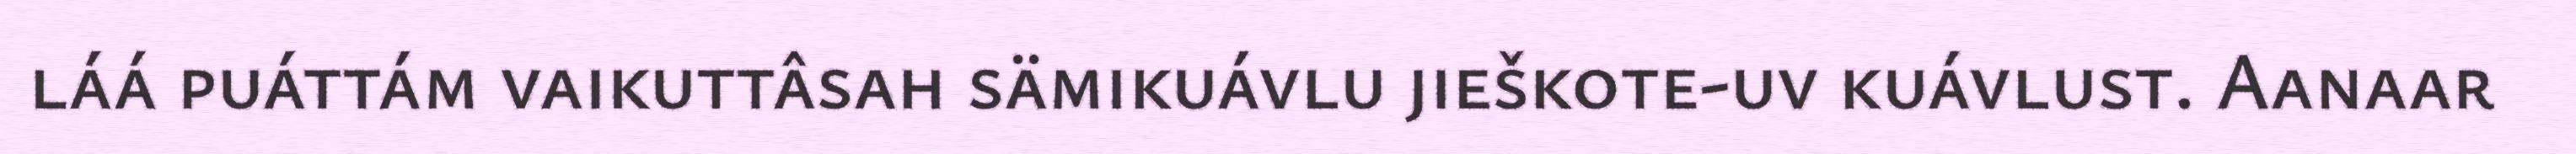
láá puáttám vaikuttâsah sämikuávlu jieškote-uv kuávlust. Aanaar